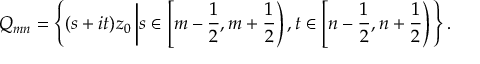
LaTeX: Q _ { m n } = \left\{ ( s + i t ) z _ { 0 } \left\vert s \in \left[ m - { \frac { 1 } { 2 } } , m + { \frac { 1 } { 2 } } \right) , t \in \left[ n - { \frac { 1 } { 2 } } , n + { \frac { 1 } { 2 } } \right) \right. \right\} .